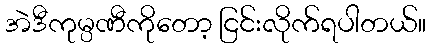
အဲဒီကုမ္ပဏီကိုတော့ ငြင်းလိုက်ရပါတယ်။